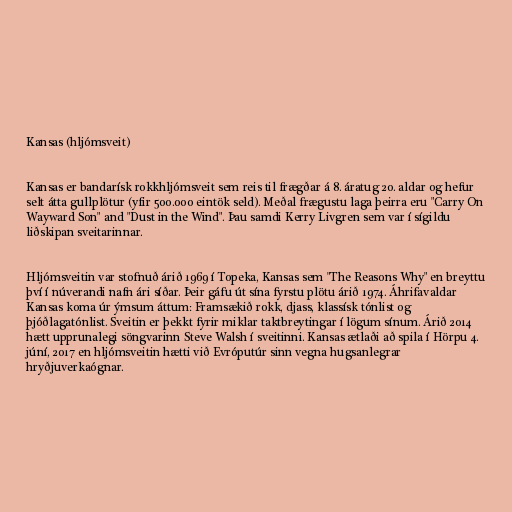
Kansas (hljómsveit)

Kansas er bandarísk rokkhljómsveit sem reis til frægðar á 8. áratug 20. aldar og hefur
selt átta gullplötur (yfir 500.000 eintök seld). Meðal frægustu laga þeirra eru "Carry On
Wayward Son" and "Dust in the Wind". Þau samdi Kerry Livgren sem var í sígildu
liðskipan sveitarinnar.

Hljómsveitin var stofnuð árið 1969 í Topeka, Kansas sem "The Reasons Why" en breyttu
því í núverandi nafn ári síðar. Þeir gáfu út sína fyrstu plötu árið 1974. Áhrifavaldar
Kansas koma úr ýmsum áttum: Framsækið rokk, djass, klassísk tónlist og
þjóðlagatónlist. Sveitin er þekkt fyrir miklar taktbreytingar í lögum sínum. Árið 2014
hætt upprunalegi söngvarinn Steve Walsh í sveitinni. Kansas ætlaði að spila í Hörpu 4.
júní, 2017 en hljómsveitin hætti við Evróputúr sinn vegna hugsanlegrar
hryðjuverkaógnar.